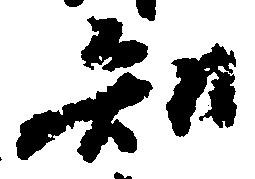
知